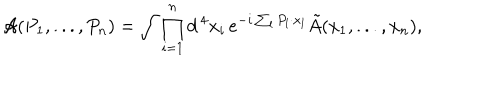
LaTeX: { \cal A } ( P _ { 1 } , . . . , P _ { n } ) = \int \prod _ { i = 1 } ^ { n } d ^ { \, 4 } x _ { i } \, e ^ { - i \sum _ { l } P _ { l } \cdot x _ { l } } \tilde { A } ( x _ { 1 } , . . . , x _ { n } ) ,